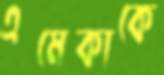
এমেকাকে